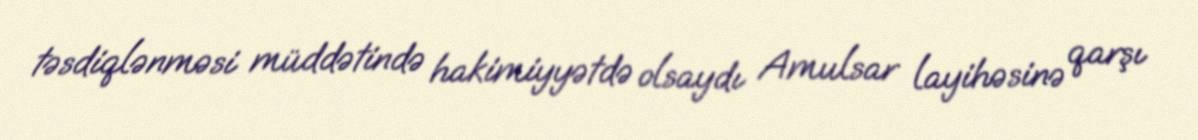
təsdiqlənməsi müddətində hakimiyyətdə olsaydı Amulsar layihəsinə qarşı